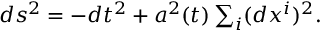
\begin{array} { r } { d s ^ { 2 } = - d t ^ { 2 } + a ^ { 2 } ( t ) \sum _ { i } ( d x ^ { i } ) ^ { 2 } . } \end{array}